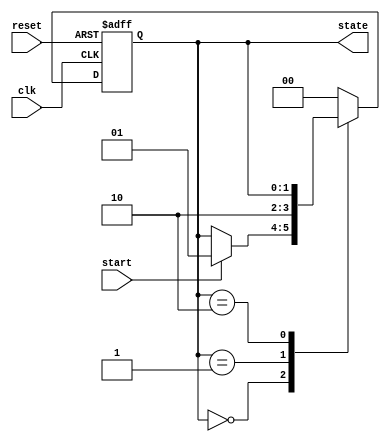
module event_control_example (
    input wire clk,            // Clock signal
    input wire reset,          // Reset signal
    input wire start,          // Start signal to initiate state machine
    output reg [1:0] state     // 2-bit state output
);

    // State encoding
    localparam IDLE = 2'b00,
               RUNNING = 2'b01,
               DONE = 2'b10;

    // Initial state
    initial begin
        state = IDLE;
    end

    // State machine implementation with event control
    always @(posedge clk or posedge reset) begin
        if (reset) begin
            // Reset state
            state <= IDLE;
        end else begin
            // State transitions based on current state
            case (state)
                IDLE: begin
                    if (start) begin
                        state <= RUNNING; // Transition to RUNNING state
                    end
                end

                RUNNING: begin
                    // Simulate some processing
                    // For example, after some time or condition, transition to DONE
                    state <= DONE; // Transition to DONE state
                end

                DONE: begin
                    // Stay in DONE state until reset
                    // Optionally, can transition back to IDLE if needed
                end

                default: state <= IDLE; // Default to IDLE
            endcase
        end
    end

endmodule